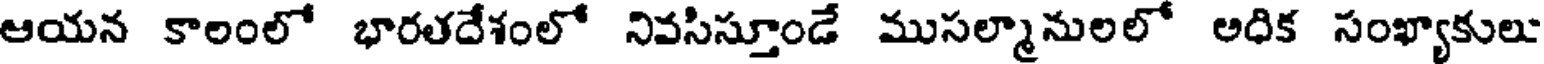
ఆయన కాలంలో భారతదేశంలో నివసిస్తూండే ముసల్మానులలో అధిక సంఖ్యాకులు